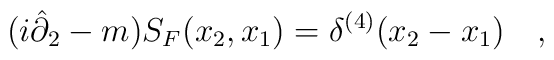
(i\hat \partial_2 -m) S_F (x_2, x_1) =\delta^{(4)} (x_2 -x_1) \quad,